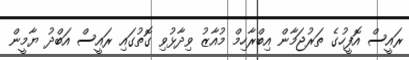
ރައީސް އޮފީހުގެ ތަރުޖަމާން އިބްރާހިމް މުއާޒު ވިދާޅުވި ގޮތުގައި ރައީސް އަބްދު ޔާމީން